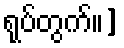
ရုပ်တွက်။]